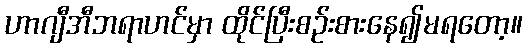
ဟာဂျီအီဘရာဟင်မှာ ထိုင်ပြီးစဉ်းစားနေ၍မရတော့။